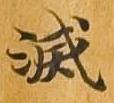
滅